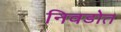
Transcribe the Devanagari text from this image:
निवडोत